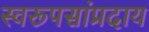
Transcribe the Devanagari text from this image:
स्वरूपसांप्रदाय